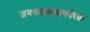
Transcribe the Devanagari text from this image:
जनकल्याणाकरिता